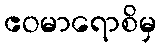
ဧဝမာရောစိမှ